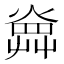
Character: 𤍚